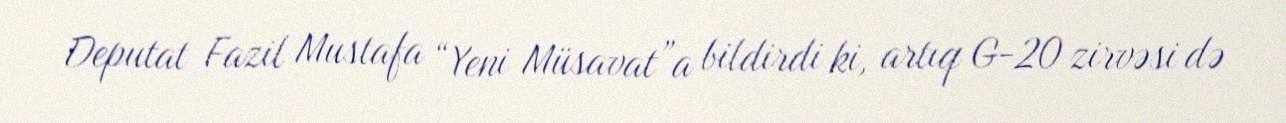
Deputat Fazil Mustafa “Yeni Müsavat”a bildirdi ki, artıq G-20 zirvəsi də